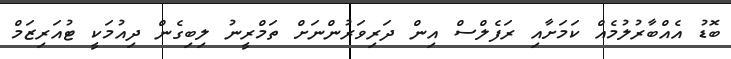
ބޮޑު އެއްބާރުލުމެއް ކަމަށާއި ރަފެލްސް އިން ދަރިވަރުންނަށް ތަމްރީނު ލިބިގެން ދިއުމަކީ ޓުއަރިޒަމް